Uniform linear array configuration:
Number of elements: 16
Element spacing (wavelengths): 0.5
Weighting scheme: hamming
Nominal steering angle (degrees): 45
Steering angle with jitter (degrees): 43.13
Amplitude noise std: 0.05
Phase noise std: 0.05

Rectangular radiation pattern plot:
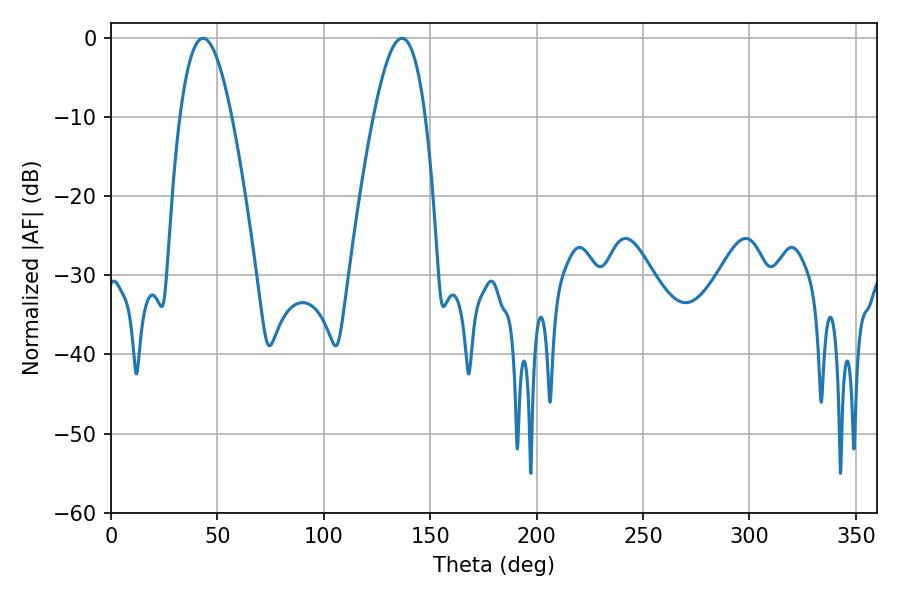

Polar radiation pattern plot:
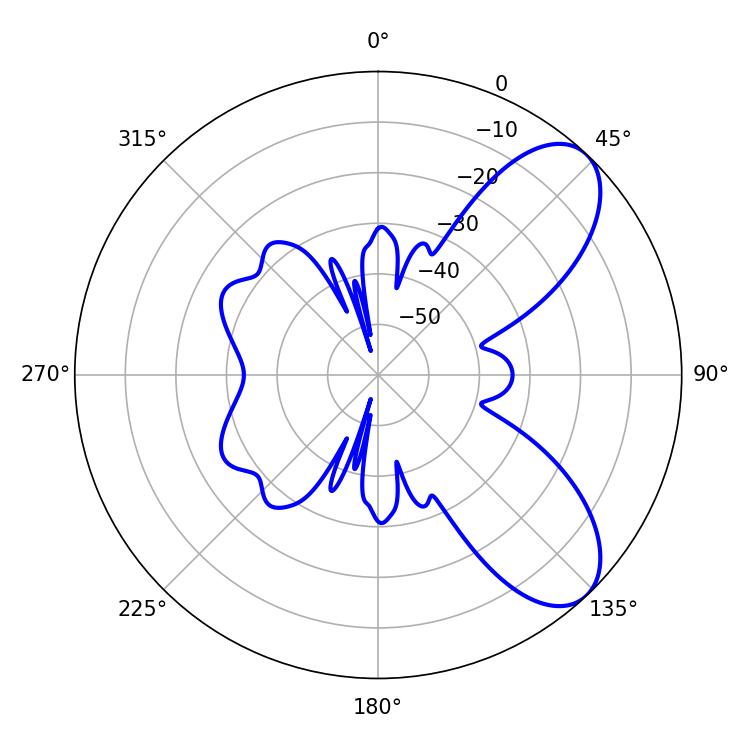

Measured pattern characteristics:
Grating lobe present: FALSE
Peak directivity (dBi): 7.644
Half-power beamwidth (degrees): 13.14
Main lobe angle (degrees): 43.2